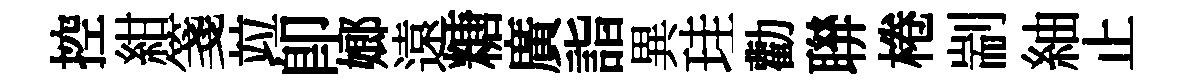
控紺箋竝卽嫏遠糖廣詣異珪勸聨棬剬紬止